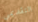
التقديمي